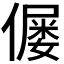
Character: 𠎪